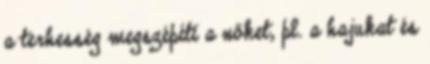
a terhesség megszépíti a nőket, pl. a hajukat és